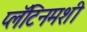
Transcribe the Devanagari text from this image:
प्लॅटिनमशी